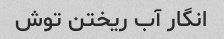
انگار آب ریختن توش